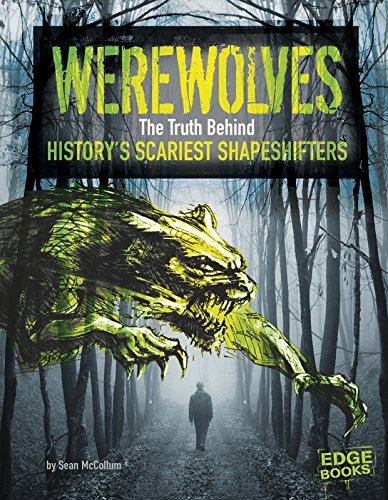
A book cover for Werewolves: The Truth Behind History's Scariest Shape-Shifters (Monster Handbooks); Sean McCollum; Children's Books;